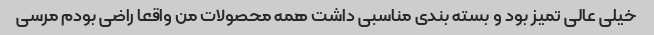
خیلی عالی تمیز بود و بسته بندی مناسبی داشت همه محصولات من واقعا راضی بودم مرسی